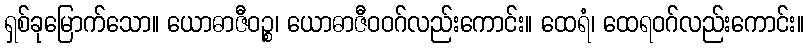
ရှစ်ခုမြောက်သော။ ယောဓာဇီဝဉ္စ၊ ယောဓာဇီဝဝဂ်လည်းကောင်း။ ထေရံ၊ ထေရဝဂ်လည်းကောင်း။